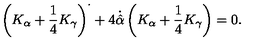
\left( K _ { \alpha } + \frac { 1 } { 4 } K _ { \gamma } \right) ^ { \cdot } + 4 \dot { \hat { \alpha } } \left( K _ { \alpha } + \frac { 1 } { 4 } K _ { \gamma } \right) = 0 .